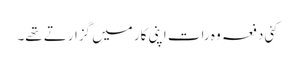
کئی دفعہ وہ رات اپنی کار میں گزارتے تھے۔